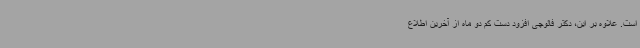
است. علاوه بر این، دکتر فائوچی افزود دست کم دو ماه از آخرین اطلاع